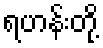
ရဟန်းတို့